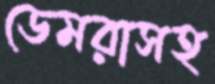
ডেমরাসহ